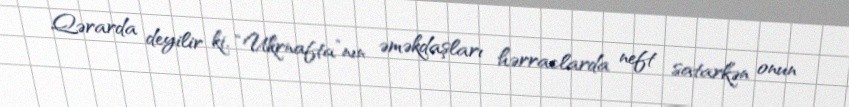
Qərarda deyilir ki, “Ukrnafta”nın əməkdaşları hərraclarda neft satarkən onun